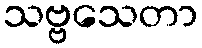
သဗ္ဗသေတာ